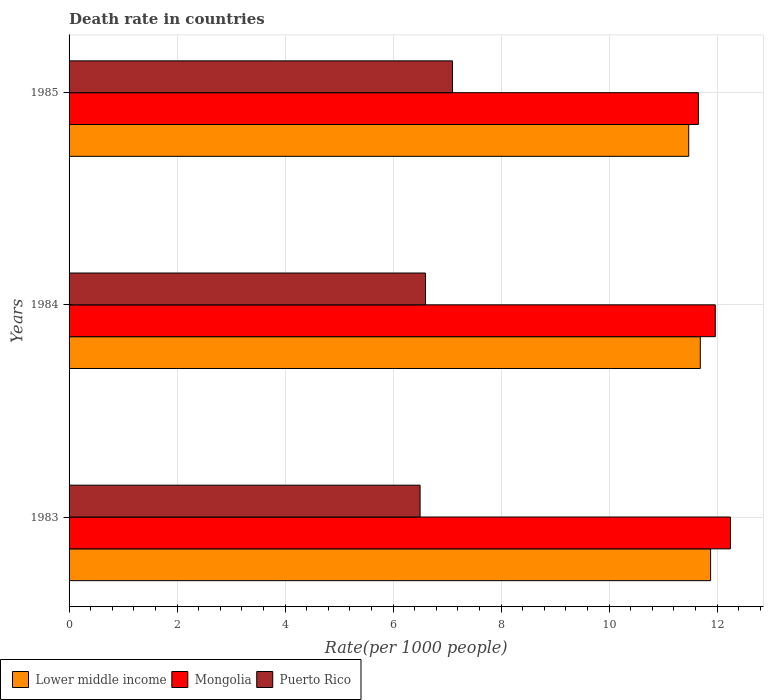
| Years | Lower middle income | Mongolia | Puerto Rico |
 | --- | --- | --- | --- |
 | 1983 | 11.9 | 12.2 | 6.5 |
 | 1984 | 11.7 | 12 | 6.6 |
 | 1985 | 11.5 | 11.7 | 7.1 |